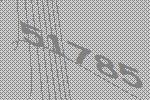
51785